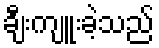
ချီးကျူးခဲ့သည်